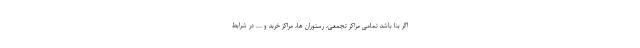
اگر بنا باشد تمامی مراکز تجمعی، رستوران ها، مراکز خرید و ... در شرایط